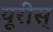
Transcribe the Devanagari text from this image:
यूरीस्